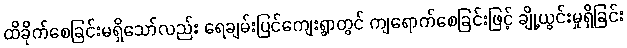
ထိခိုက်စေခြင်းမရှိသော်လည်း ရေချမ်းပြင်ကျေးရွာတွင် ကျရောက်စေခြင်းဖြင့် ချို့ယွင်းမှုရှိခြင်း